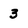
Character: 3